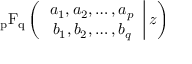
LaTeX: \operatorname { _ { p } F _ { q } } \left( \left. { \begin{array} { c c c } { a _ { 1 } , a _ { 2 } , \ldots , a _ { p } } \\ { b _ { 1 } , b _ { 2 } , \ldots , b _ { q } } \end{array} } \right| z \right)